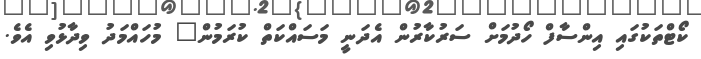
ކޯޓްތަކުގައި އިންސާފް ހޯދުމަށް ސަރުކާރުން އެދަނީ މަސައްކަތް ކުރަމުން" މުހައްމަދު ވިދާޅުވި އެވެ.